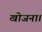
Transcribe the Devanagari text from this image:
खोजना।